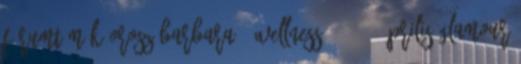
fórumtémák Orosz Barbara - Wellness , 2008. április Glamour